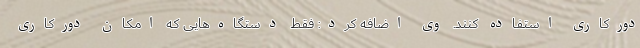
دورکاری استفاده کنند. وی اضافه کرد: فقط دستگاه‌هایی که امکان دورکاری